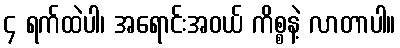
၄ ရက်ထဲပါ၊ အရောင်းအဝယ် ကိစ္စနဲ့ လာတာပါ။